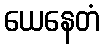
ယေနေတံ